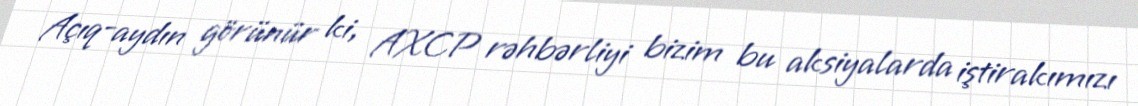
Açıq-aydın görünür ki, AXCP rəhbərliyi bizim bu aksiyalarda iştirakımızı